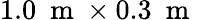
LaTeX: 1.0~\mathrm{~m~}\times 0.3~\mathrm{~m~}